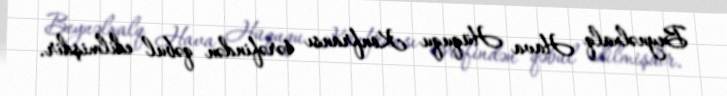
Beynəlxalq Hava Hüququ Konfransı tərəfindən qəbul edilmişdir.